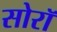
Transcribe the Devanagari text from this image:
सोरॉ